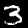
Digit: 3